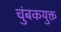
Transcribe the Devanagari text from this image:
चुंबकयुक्त